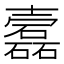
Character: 𡕎